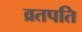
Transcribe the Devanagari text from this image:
व्रतपति